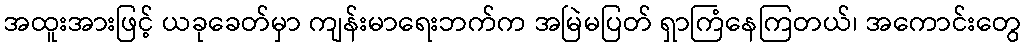
အထူးအားဖြင့် ယခုခေတ်မှာ ကျန်းမာရေးဘက်က အမြဲမပြတ် ရှာကြံနေကြတယ်၊ အကောင်းတွေ